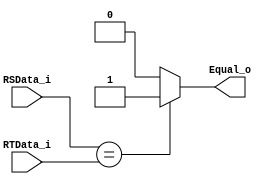
module Register_Equal(
	RSData_i,
	RTData_i,
	Equal_o
);
input [31:0]RSData_i;
input [31:0]RTData_i;
output Equal_o;


assign Equal_o = (RSData_i == RTData_i) ? 1 : 0;

endmodule